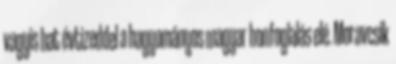
vagyis hat évtizeddel a hagyományos magyar honfoglalás elé. Moravcsik